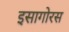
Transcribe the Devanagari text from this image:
इसागोरस